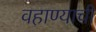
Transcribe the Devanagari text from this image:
वहाण्याची